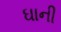
ઘાની